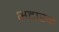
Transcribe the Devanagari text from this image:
भटारक